Materia medica of Madras volume I
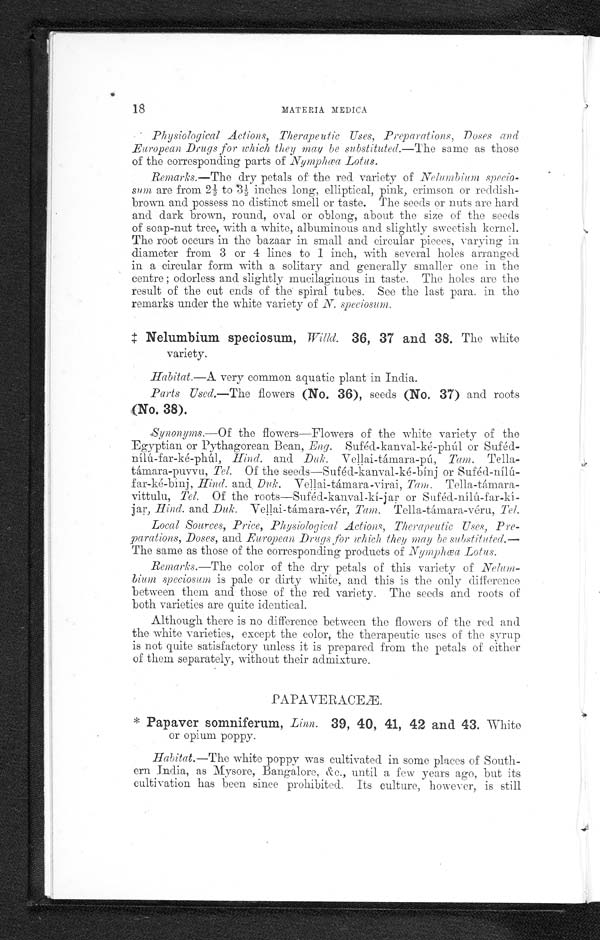
18
MATERIA MEDICA
Physiological Actions, Therapeutic Uses, Preparations, Doses and
European Drugs for which they may be substituted.—The same as those
of the corresponding parts of Nymphœa Lotus.
Remarks.—The dry petals of the red variety of Nelumbium specio-
sum are from 2½ to 3½ inches long, elliptical, pink, crimson or reddish-
brown and possess no distinct smell or taste. The seeds or nuts are hard
and dark brown, round, oval or oblong, about the size of the seeds
of soap-nut tree, with a white, albuminous and slightly sweetish kernel.
The root occurs in the bazaar in small and circular pieces, varying in
diameter from 3 or 4 lines to 1 inch, with several holes arranged
in a circular form with a solitary and generally smaller one in the
centre odorless and slightly mucilaginous in taste. The holes are the
result of the cut ends of the spiral tubes. See the last para. in the
remarks under the white variety of N. speciosum.
‡ Nelumbium speciosum, Willd. 36, 37 and 38. The white
variety.
Habitat.—A very common aquatic plant in India.
Parts Used.—The flowers (No. 36), seeds (No. 37) and roots
(No. 38).
Synonyms.—Of the flowers—Flowers of the white variety of the
Egyptian or Pythagorean Bean, Eng. Suféd-kanval-ké-phúl or
Suféd-nílú-far-ké-phúl, Hind. and Duk. Vellai-támara-pú, Tam.
Tella-támara-puvvu, Tel. Of the seeds—Suféd-kanval-ké-binj or
Suféd-nílú-far-ké-binj, Hind. and Duk. Vellai-támara-virai, Tam. Tella-támara-
vittulu, Tel. Of the roots—Suféd-kanval-ki-jar or Suféd-nílú-
jar, Hind. and Duk. Vellai-támara-vér, Tam. Tella-támara-véru, Tel.
Local Sources, Price, Physiological Actions, Therapeutic Uses, Pre-
parations, Doses, and European Drugs for which they may be substituted.—
The same as those of the corresponding products of Nymphœa Lotus.
Remarks.—The color of the dry petals of this variety of Nelum-
bium speciosum is pale or dirty white, and this is the only difference
between them and those of the red variety. The seeds and roots of
both varieties are quite identical.
Although there is no difference between the flowers of the red and
the white varieties, except the color, the therapeutic uses of the syrup
is not quite satisfactory unless it is prepared from the petals of either
of them separately, without their admixture.
PAPAVERACEÆ.
* Papaver somniferum, Linn. 39, 40, 41, 42 and 43, White
or opium poppy.
Habitat.—The white poppy was cultivated in some places of South-
ern India, as Mysore, Bangalore, &c., until a few years ago, but its
cultivation has been since prohibited. Its culture, however, is still